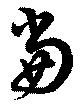
當